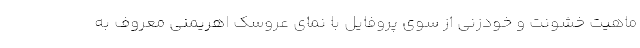
ماهیت خشونت و خودزنی از سوی پروفایل با نمای عروسک اهریمنی معروف به